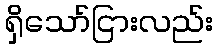
ရှိသော်ငြားလည်း